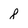
Character: 8